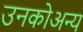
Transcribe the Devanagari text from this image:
उनकोअन्य